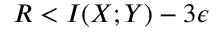
R < I ( X ; Y ) - 3 \epsilon